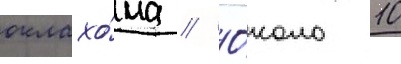
оклахо́ма // О́коло 10